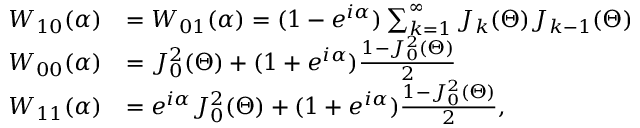
\centering \begin{array} { r l } { W _ { 1 0 } ( \alpha ) } & { = W _ { 0 1 } ( \alpha ) = ( 1 - e ^ { i \alpha } ) \sum _ { k = 1 } ^ { \infty } J _ { k } ( \Theta ) J _ { k - 1 } ( \Theta ) } \\ { W _ { 0 0 } ( \alpha ) } & { = J _ { 0 } ^ { 2 } ( \Theta ) + ( 1 + e ^ { i \alpha } ) \frac { 1 - J _ { 0 } ^ { 2 } ( \Theta ) } { 2 } } \\ { W _ { 1 1 } ( \alpha ) } & { = e ^ { i \alpha } J _ { 0 } ^ { 2 } ( \Theta ) + ( 1 + e ^ { i \alpha } ) \frac { 1 - J _ { 0 } ^ { 2 } ( \Theta ) } { 2 } , } \end{array}